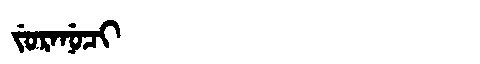
Manchu: ᠵᡠᡵᠠᠨᡠᠴᡳ
Romanization: JURANUCI